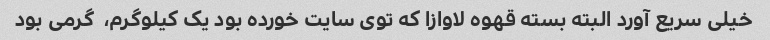
خیلی سریع آورد البته بسته قهوه لاوازا که توی سایت خورده بود یک کیلوگرم،  گرمی بود